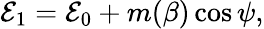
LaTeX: {\cal E}_{1}={\cal E}_{0}+m(\beta)\cos\psi,